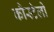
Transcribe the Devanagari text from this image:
कौस्टेलो